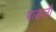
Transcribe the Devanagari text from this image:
पाडलीं